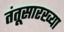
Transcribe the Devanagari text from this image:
तंतूसारख्या